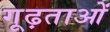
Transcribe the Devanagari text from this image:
गूढ़ताओं